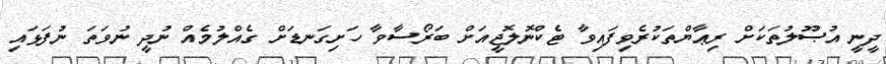
ދީނީ އުޞޫލުތަކަށް ރިޢާޔްތަކުރެވިފައިވާ ޓެކްނޮލޮޖީއަށް ބަރޯސާވާ ހަށިގަނޑަށް ގެއްލުމެއް ނުދީ ނުވަތަ ނުފަޅައި